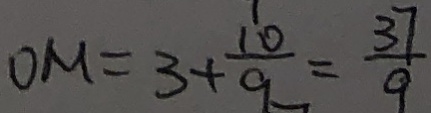
O M = 3 + \frac { 1 0 } { 9 } = \frac { 3 7 } { 9 }